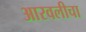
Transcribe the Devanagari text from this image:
आरवलीचा